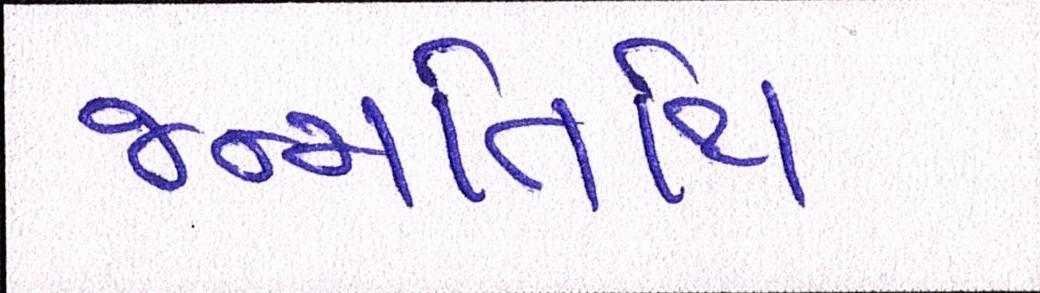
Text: જન્મતિથિ